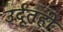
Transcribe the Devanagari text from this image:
उर्दूतही